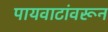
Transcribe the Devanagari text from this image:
पायवाटांवरून